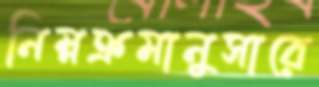
নিম্নক্রমানুসারে